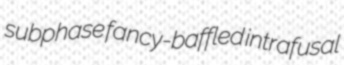
subphase fancy-baffled intrafusal